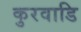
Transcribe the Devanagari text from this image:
कुरवाडि